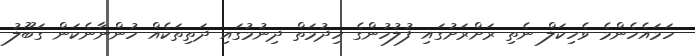
ހަމައެހެންމެ ވެހިކަލް ނެތި ރަށްރަށުގައި ފުލުހުންގެ ހިދުމަތް ދިނުމުގައި ދަތިތަކެއް ހުންނާނެކަން ގަބޫލު